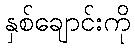
နှစ်ချောင်းကို